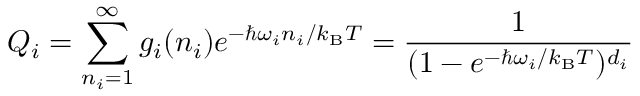
Q _ { i } = \sum _ { n _ { i } = 1 } ^ { \infty } g _ { i } ( n _ { i } ) e ^ { - \hbar \omega _ { i } n _ { i } / k _ { \mathrm { B } } T } = \frac { 1 } { ( 1 - e ^ { - \hbar \omega _ { i } / k _ { \mathrm { B } } T } ) ^ { d _ { i } } }